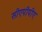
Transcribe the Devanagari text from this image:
सीएपीपीए